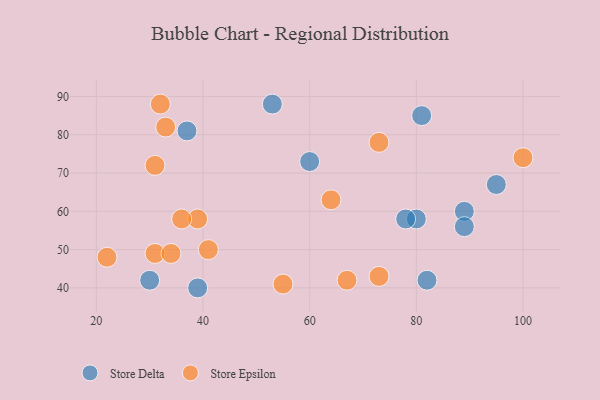
{"axis": {"x": "GDP", "y": "Life Expectancy"}, "legend": ["Store Delta", "Store Epsilon"], "data": [{"x": "80", "y": 58, "type": "Store Delta"}, {"x": "78", "y": 58, "type": "Store Delta"}, {"x": "95", "y": 67, "type": "Store Delta"}, {"x": "82", "y": 42, "type": "Store Delta"}, {"x": "53", "y": 88, "type": "Store Delta"}, {"x": "89", "y": 60, "type": "Store Delta"}, {"x": "89", "y": 56, "type": "Store Delta"}, {"x": "81", "y": 85, "type": "Store Delta"}, {"x": "39", "y": 40, "type": "Store Delta"}, {"x": "30", "y": 42, "type": "Store Delta"}, {"x": "37", "y": 81, "type": "Store Delta"}, {"x": "60", "y": 73, "type": "Store Delta"}, {"x": "39", "y": 58, "type": "Store Epsilon"}, {"x": "22", "y": 48, "type": "Store Epsilon"}, {"x": "36", "y": 58, "type": "Store Epsilon"}, {"x": "73", "y": 43, "type": "Store Epsilon"}, {"x": "67", "y": 42, "type": "Store Epsilon"}, {"x": "31", "y": 49, "type": "Store Epsilon"}, {"x": "73", "y": 78, "type": "Store Epsilon"}, {"x": "41", "y": 50, "type": "Store Epsilon"}, {"x": "100", "y": 74, "type": "Store Epsilon"}, {"x": "34", "y": 49, "type": "Store Epsilon"}, {"x": "64", "y": 63, "type": "Store Epsilon"}, {"x": "31", "y": 72, "type": "Store Epsilon"}, {"x": "55", "y": 41, "type": "Store Epsilon"}, {"x": "32", "y": 88, "type": "Store Epsilon"}, {"x": "33", "y": 82, "type": "Store Epsilon"}]}